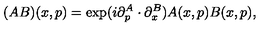
( A B ) ( x , p ) = \exp ( i \partial _ { p } ^ { A } \cdot \partial _ { x } ^ { B } ) A ( x , p ) B ( x , p ) ,